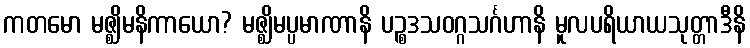
ကတမော မဇ္ဈိမနိကာယော? မဇ္ဈိမပ္ပမာဏာနိ ပဉ္စဒသဝဂ္ဂသင်္ဂဟာနိ မူလပရိယာယသုတ္တာဒီနိ